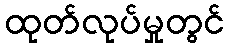
ထုတ်လုပ်မှုတွင်